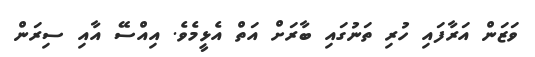
ވަޒަން އަރާފައި ހުރި ތަނުގައި ބާރަށް އަތް އެޅީމެވެ. އިއްސޭ އާއި ސިރަން